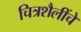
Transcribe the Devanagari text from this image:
चित्रशैलींचे